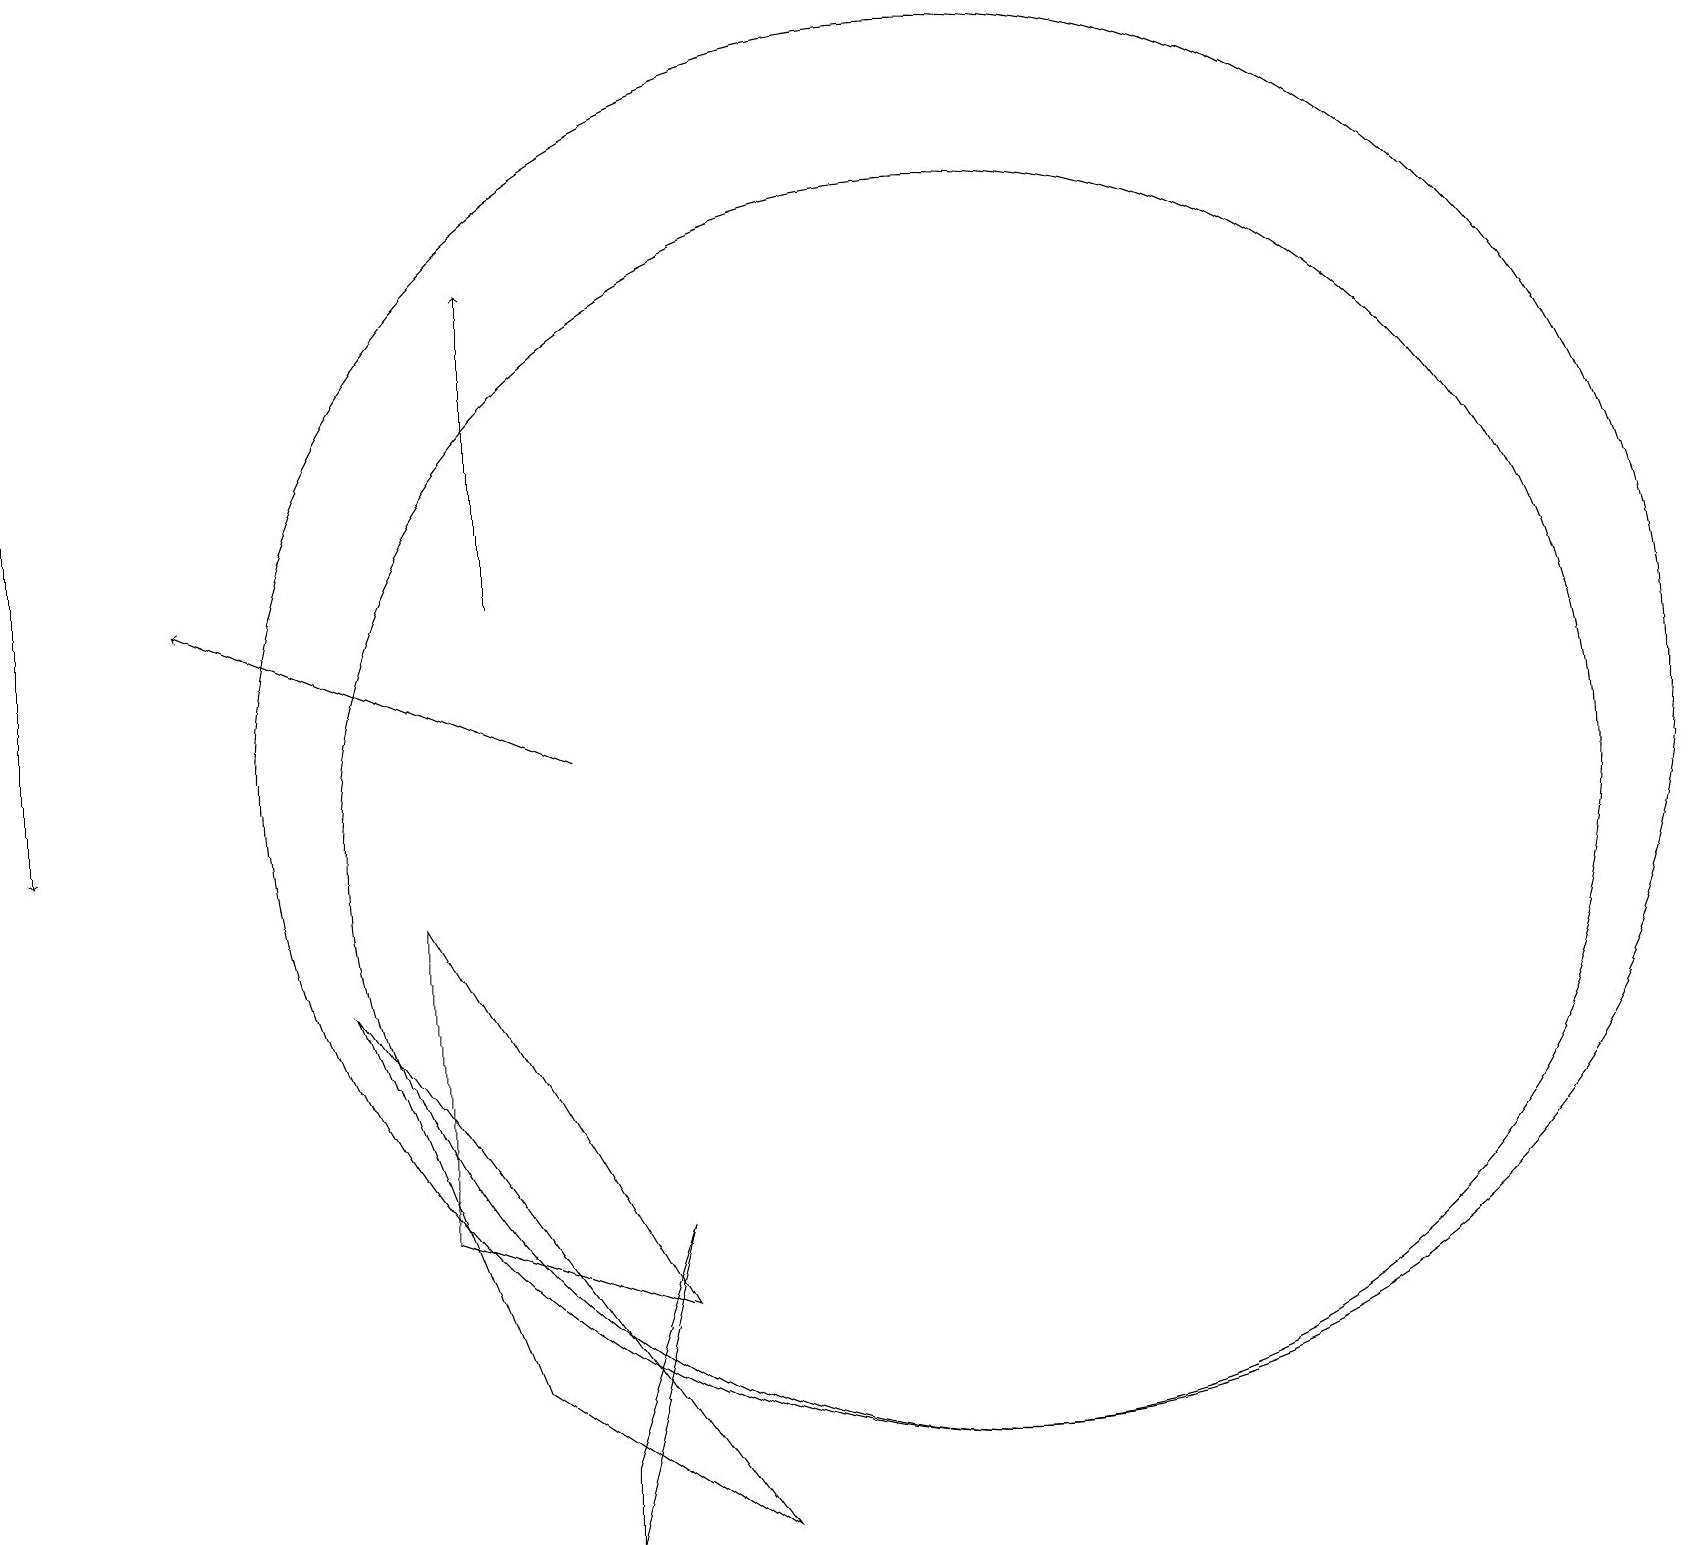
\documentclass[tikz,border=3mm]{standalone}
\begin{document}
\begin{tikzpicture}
\draw[->] (6,13) -- (6,17);
\draw (12,10) circle (8);
\draw[->] (7,11) -- (2,13);
\draw (12,11) circle (9);
\draw (5,5) -- (5,9) -- (8,4) -- cycle;
\draw (7,2) -- (8,5) -- (7,1) -- cycle;
\draw (4,8) -- (6,3) -- (9,1) -- cycle;
\draw[->] (0,19) -- (0,10);
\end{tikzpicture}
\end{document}